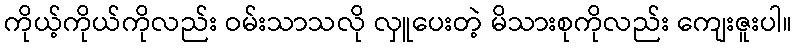
ကိုယ့်ကိုယ်ကိုလည်း ဝမ်းသာသလို လှူပေးတဲ့ မိသားစုကိုလည်း ကျေးဇူးပါ။